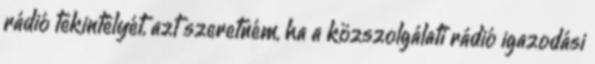
rádió tekintélyét, azt szeretném, ha a közszolgálati rádió igazodási